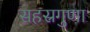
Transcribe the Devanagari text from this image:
सहस्रगुणा